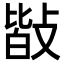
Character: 𢾆